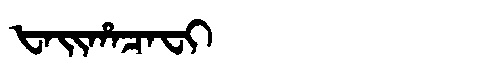
Manchu: ᡶᠠᡳᡥᠠᠴᠠᠸᡳ
Romanization: FAIHACAFI